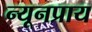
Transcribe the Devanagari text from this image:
न्यूनप्राय